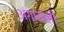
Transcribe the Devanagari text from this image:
अंगामली